画像に写った文字を読んでください
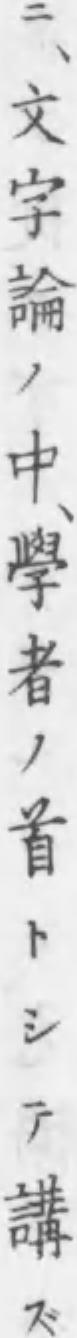
「ニ、文字論ノ中、學者ノ首トシテ講ズ」と書いてあります